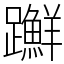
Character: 𨇤